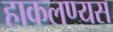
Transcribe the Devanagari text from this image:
हाकलण्यस